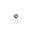
^ { \circ }